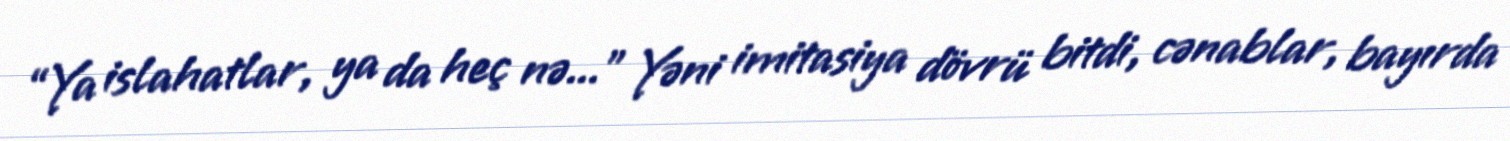
“Ya islahatlar, ya da heç nə...” Yəni imitasiya dövrü bitdi, cənablar, bayırda